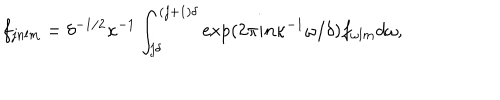
f _ { j n l m } = \delta ^ { - 1 / 2 } \kappa ^ { - 1 } \int _ { j \delta } ^ { ( j + 1 ) \delta } \exp ( 2 \pi i n \kappa ^ { - 1 } \omega / \delta ) f _ { \omega l m } d \omega ,